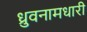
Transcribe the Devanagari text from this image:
ध्रुवनामधारी